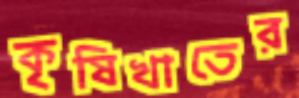
কৃষিখাতের